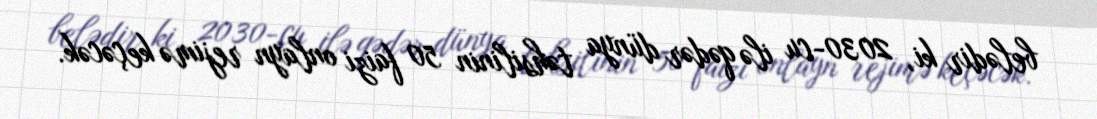
belədir ki, 2030-cu ilə qədər dünya təhsilinin 50 faizi onlayn rejimə keçəcək.